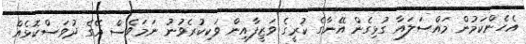
އެހެންކަމުން މައްސަލައާ ގުޅިގެން އޭނާގެ ކުރީގެ ވަޒީފާއިން ވަކިކުރެވުނު ނަމަވެސް އޭގެ ދުވަސްކޮޅެއް